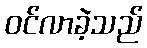
ဝင်လာခဲ့သည်